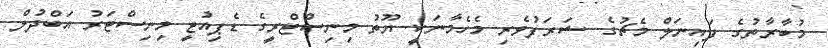
މުބާރާތުގެ ފައިނަލް މެޗުގެ ޝަރަފުވެރި މެހެމާނަކީ ޔޫތު މިނިސްޓްރީގެ ޑެޕިއުޓީ މިނިސްޓަރު އަބްދުލް